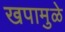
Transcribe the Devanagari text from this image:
खपामुळे